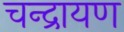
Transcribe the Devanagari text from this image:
चन्द्रायण